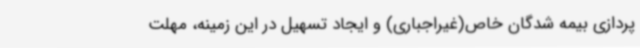
پردازی بیمه شدگان خاص(غیراجباری) و ایجاد تسهیل در این زمینه، مهلت